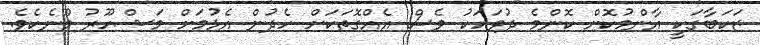
ޒަކަބާގަކީ އާންމުކޮށް ކޮންމެ ދުވަހަކު ވެސް އެއްގޮތަކަށް ހެދުން އެޅުމަށް މަޝްހޫރު މޫނެކެވެ.